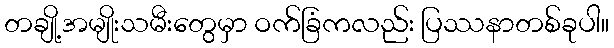
တချို့အမျိုးသမီးတွေမှာ ဝက်ခြံကလည်း ပြဿနာတစ်ခုပါ။